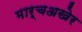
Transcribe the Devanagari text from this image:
मार्चअखेर